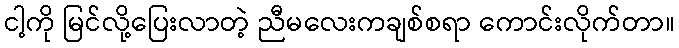
ငါ့ကို မြင်လို့ပြေးလာတဲ့ ညီမလေးကချစ်စရာ ကောင်းလိုက်တာ။